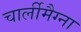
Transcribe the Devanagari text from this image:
चार्लीमैग्ना